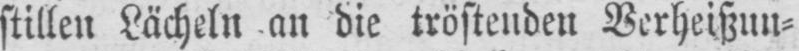
stillen Lächeln an die tröstenden Verheißun⸗